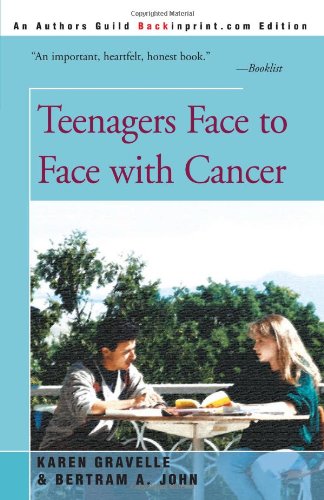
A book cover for Teenagers Face to Face With Cancer; Karen Gravelle; Teen & Young Adult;